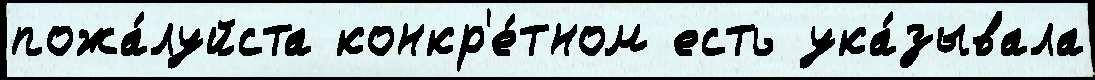
пожа́луйста конкр'е́тном есть ука́зывала